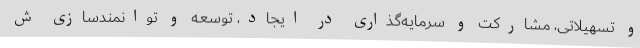
و تسهیلاتی، مشارکت و سرمایه‌گذاری در ایجاد، توسعه و توانمندسازی ش